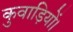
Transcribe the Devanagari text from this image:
कुवाड़ियों।